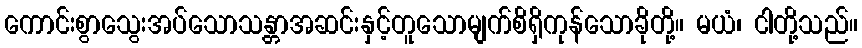
ကောင်းစွာသွေးအပ်သောသန္တာအဆင်းနှင့်တူသောမျက်စိရှိကုန်သောခိုတို့။ မယံ၊ ငါတို့သည်။